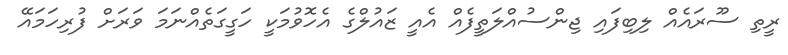
ރީތި ސޫރައެއް ލިބިފައި ޖިންސުއްލަތީފެއް އެއީ ޒައުލްގެ އެހޮވުމަކީ ހަގީގަތެއްނަމަ ވަރަށް ފުރިހަމައޭ